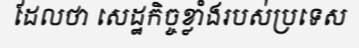
ដែលថា សេដ្ឋកិច្ចខ្លាំងរបស់ប្រទេស